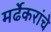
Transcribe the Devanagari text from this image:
मर्ढेकरांचे